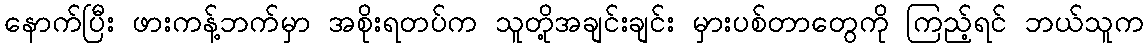
နောက်ပြီး ဖားကန့်ဘက်မှာ အစိုးရတပ်က သူတို့အချင်းချင်း မှားပစ်တာတွေကို ကြည့်ရင် ဘယ်သူက